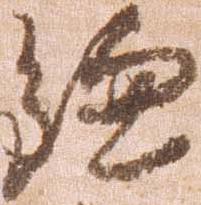
鎌